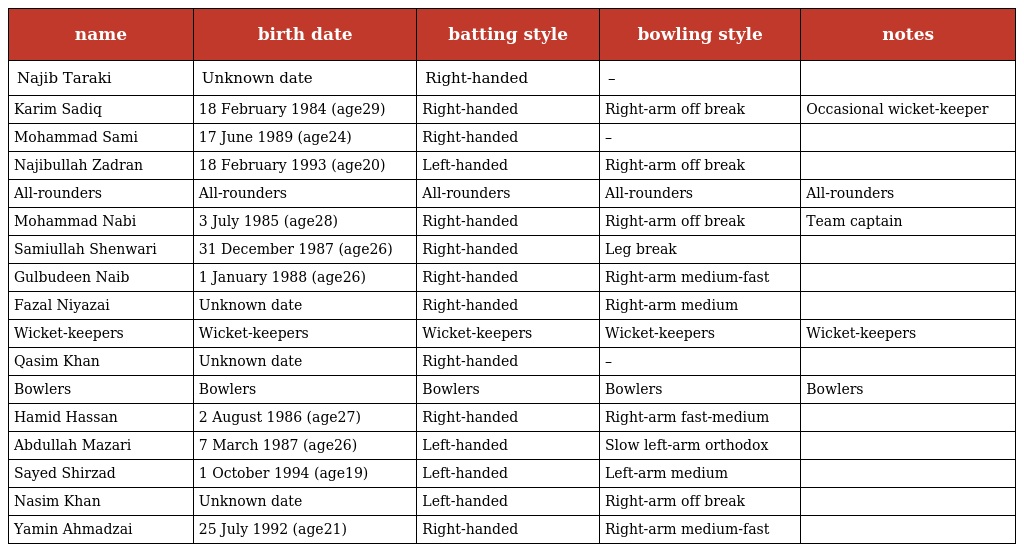
| name | birth date | batting style | bowling style | notes |
 | --- | --- | --- | --- | --- |
 | Najib Taraki | Unknown date | Right-handed | – |  |
 | Karim Sadiq | 18 February 1984 (age29) | Right-handed | Right-arm off break | Occasional wicket-keeper |
 | Mohammad Sami | 17 June 1989 (age24) | Right-handed | – |  |
 | Najibullah Zadran | 18 February 1993 (age20) | Left-handed | Right-arm off break |  |
 | All-rounders | All-rounders | All-rounders | All-rounders | All-rounders |
 | Mohammad Nabi | 3 July 1985 (age28) | Right-handed | Right-arm off break | Team captain |
 | Samiullah Shenwari | 31 December 1987 (age26) | Right-handed | Leg break |  |
 | Gulbudeen Naib | 1 January 1988 (age26) | Right-handed | Right-arm medium-fast |  |
 | Fazal Niyazai | Unknown date | Right-handed | Right-arm medium |  |
 | Wicket-keepers | Wicket-keepers | Wicket-keepers | Wicket-keepers | Wicket-keepers |
 | Qasim Khan | Unknown date | Right-handed | – |  |
 | Bowlers | Bowlers | Bowlers | Bowlers | Bowlers |
 | Hamid Hassan | 2 August 1986 (age27) | Right-handed | Right-arm fast-medium |  |
 | Abdullah Mazari | 7 March 1987 (age26) | Left-handed | Slow left-arm orthodox |  |
 | Sayed Shirzad | 1 October 1994 (age19) | Left-handed | Left-arm medium |  |
 | Nasim Khan | Unknown date | Left-handed | Right-arm off break |  |
 | Yamin Ahmadzai | 25 July 1992 (age21) | Right-handed | Right-arm medium-fast |  |